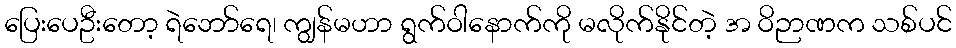
ပြေးပေဦးတော့ ရဲဘော်ရေ၊ ကျွန်မဟာ ရွက်ဝါနောက်ကို မလိုက်နိုင်တဲ့ အ ဝိဉာဏက သစ်ပင်